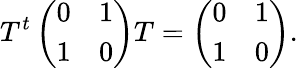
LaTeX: T^{t}\left(\begin{array}{cc}{{0}}&{{1}}\\ {{1}}&{{0}}\end{array}\right)T=\left(\begin{array}{cc}{{0}}&{{1}}\\ {{1}}&{{0}}\end{array}\right).